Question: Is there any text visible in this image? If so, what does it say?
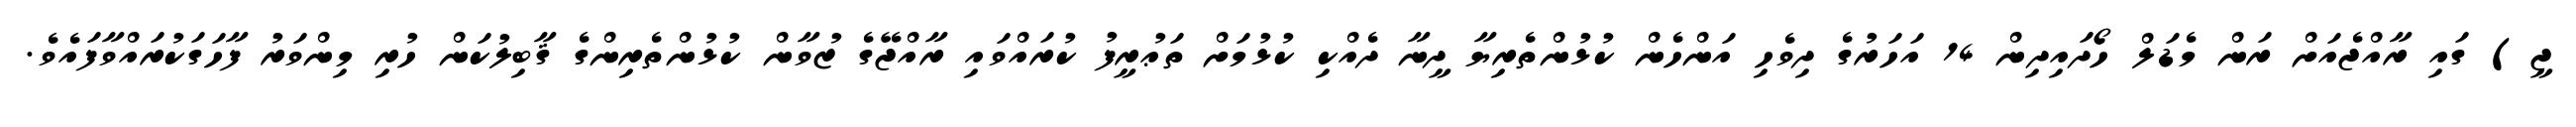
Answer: ޖީ) ގައި ރާއްޖެއަށް ރަން މެޑަލް ހޯދައިދިން 14 އަހަރުގެ ދިވެހި އަންހެން ކުޅުންތެރިޔާ ދީނާ ދެއްކި ކުޅުމަށް ތަޢުރީފު ކުރައްވައި ރާއްޖޭގެ ޒުވާން ކުޅުންތެރިންގެ ޤާބިލުކަން ހުރި މިންވަރު ފާހަގަކުރައްވާފައެވެ.